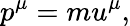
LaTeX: p^{\mu}=mu^{\mu},